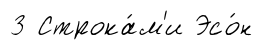
3 Строка́м'и Эсо́н